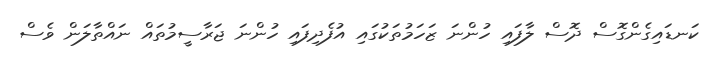
ކަނޑައިގެންގޮސް ދޮސް ލާފައި ހުންނަ ޒަހަމުތަކުގައި އުފެދިފައި ހުންނަ ޖަރާސީމުތައް ނައްތާލަން ވެސް